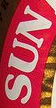
SUN